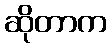
ဆိုတာက